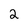
Character: 2